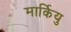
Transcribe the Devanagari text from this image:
मार्कियु